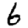
Digit: 6